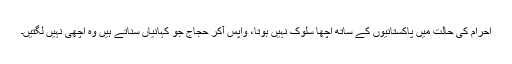
احرام کی حالت میں پاکستانیوں کے ساتھ اچھا سلوک نہیں ہوتا، واپس آکر حجاج جو کہانیاں سناتے ہیں وہ اچھی نہیں لگتیں۔